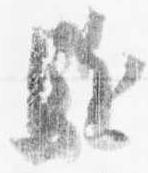
駈